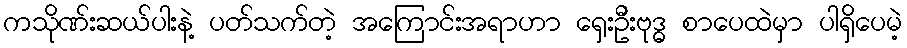
ကသိုဏ်းဆယ်ပါးနဲ့ ပတ်သက်တဲ့ အကြောင်းအရာဟာ ရှေးဦးဗုဒ္ဓ စာပေထဲမှာ ပါရှိပေမဲ့